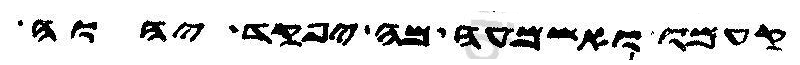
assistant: קעמו ואשמעו מה יפקד יהוה